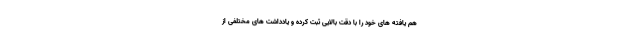
هم یافته های خود را با دقت بالایی ثبت کرده و یادداشت های مختلفی از